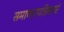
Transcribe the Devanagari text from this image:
समाचारपत्रिकाएं